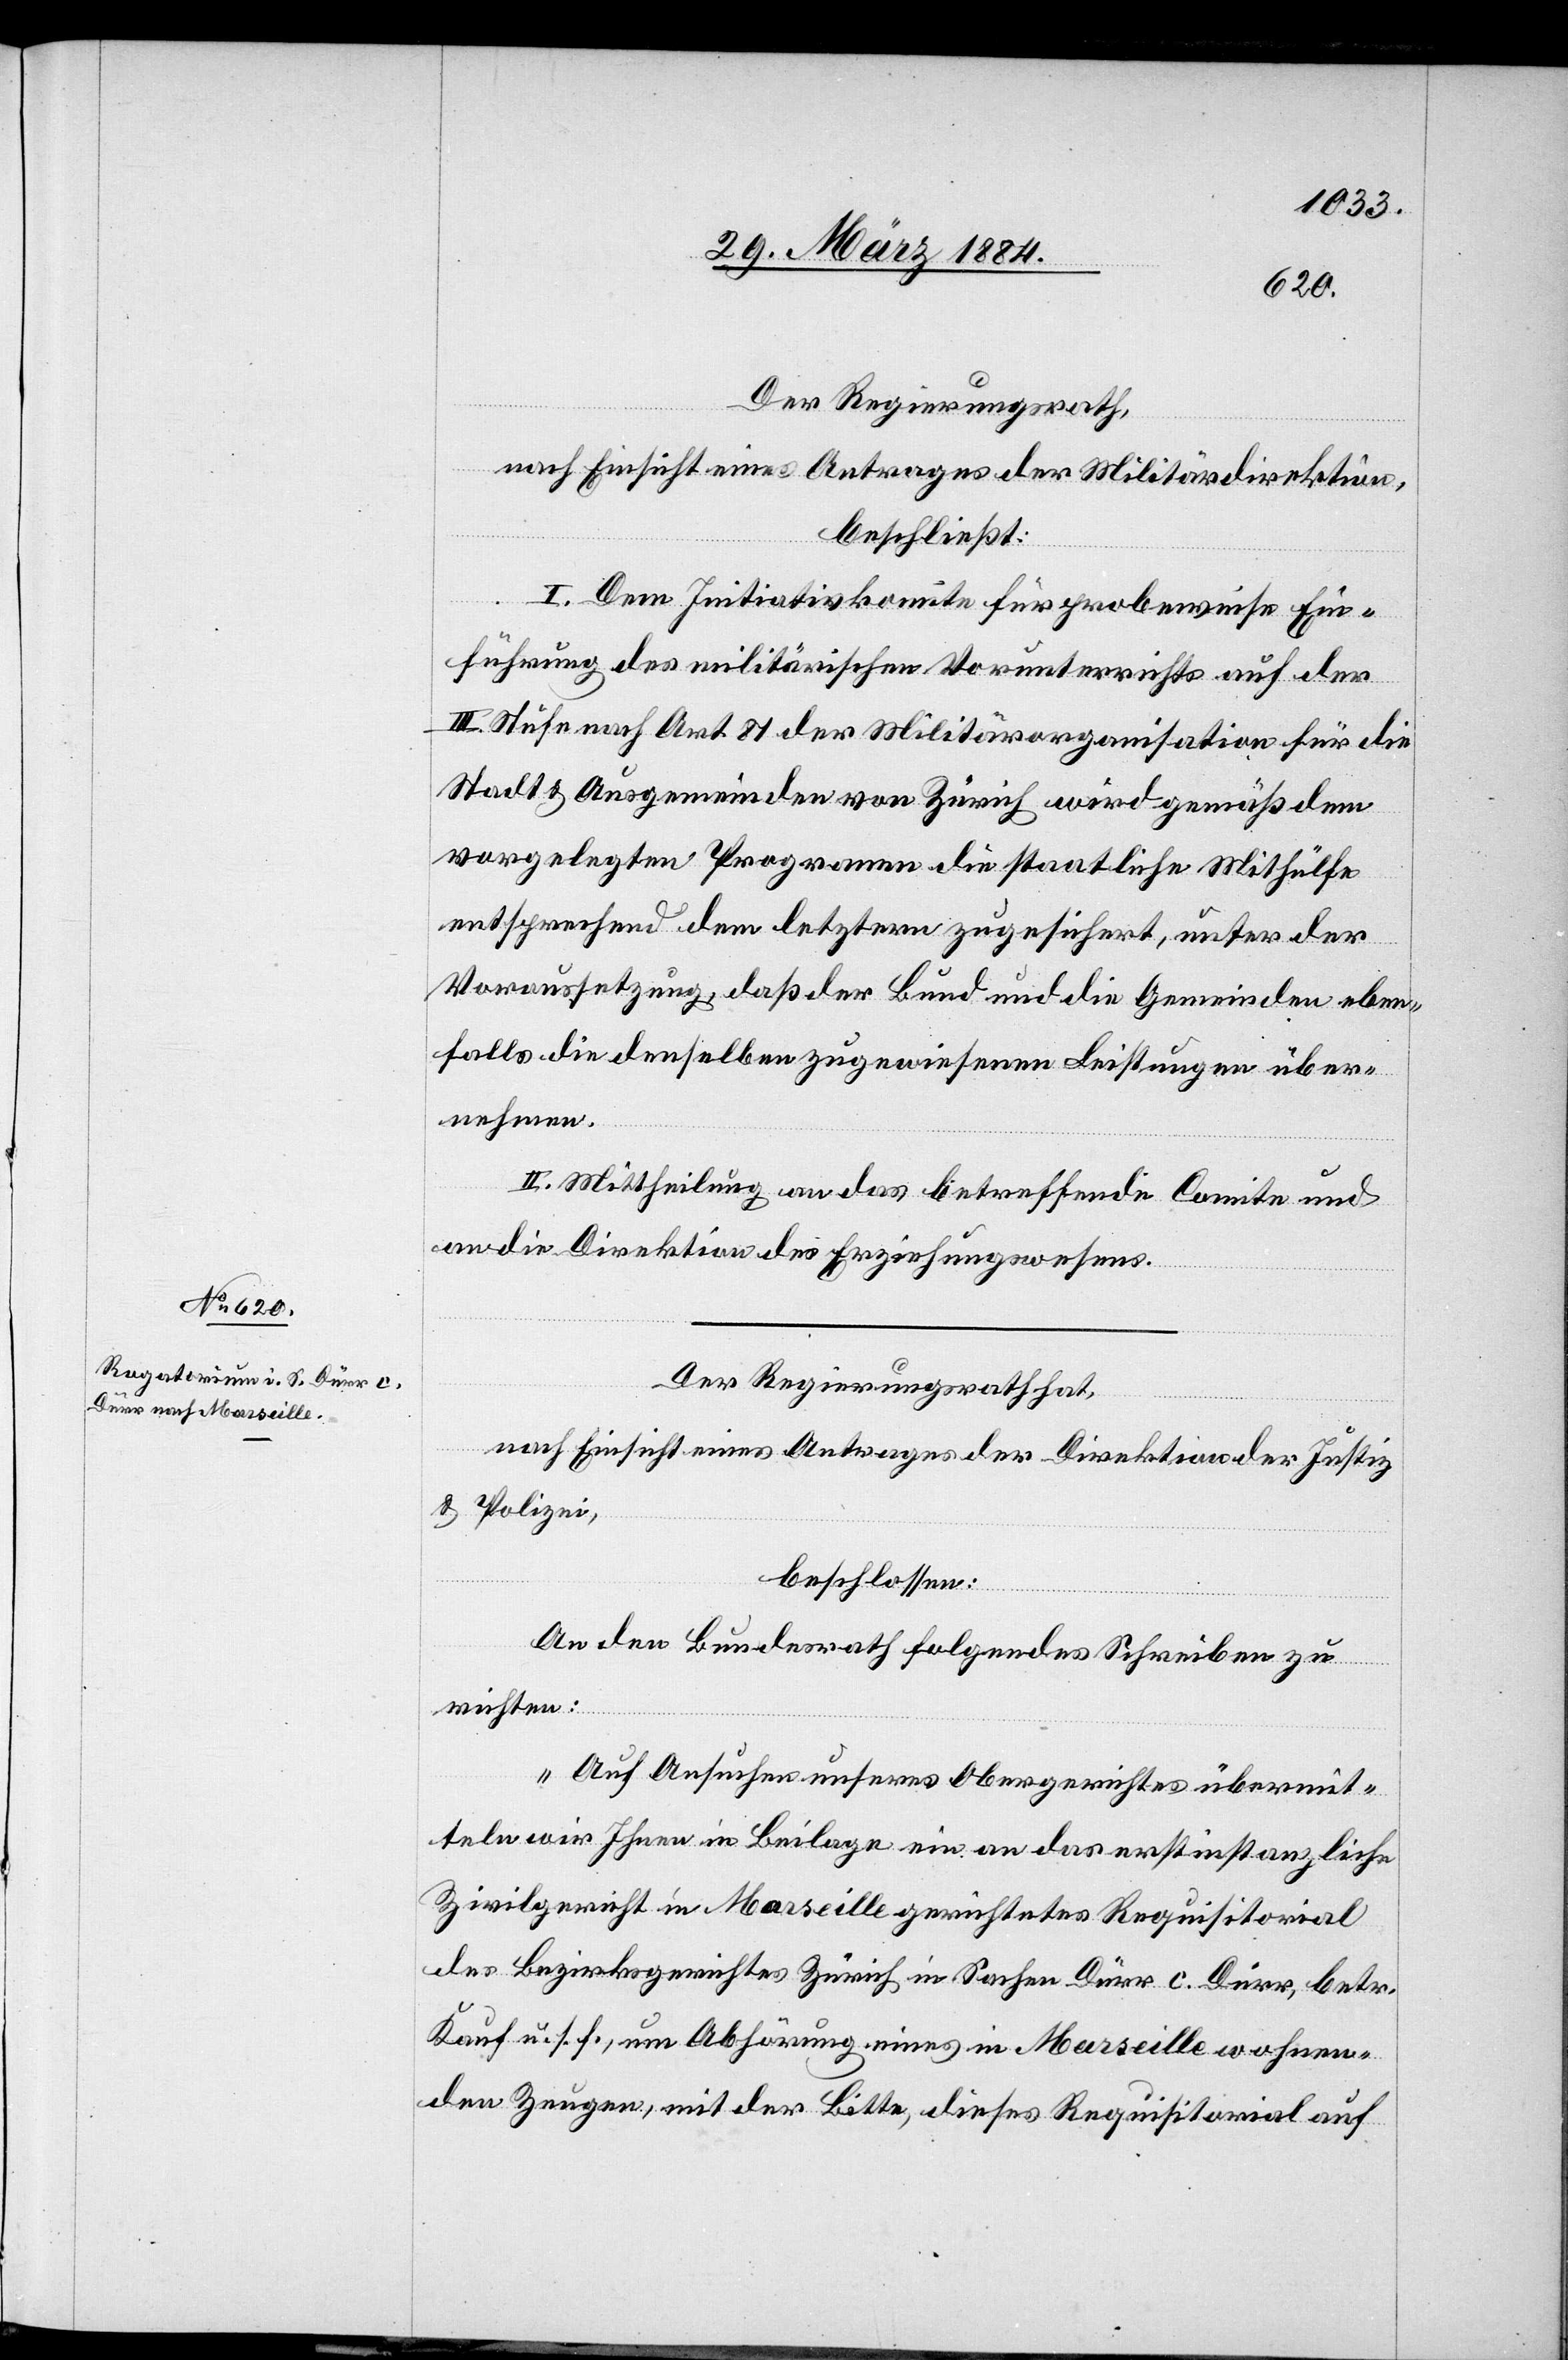
Der Regierungsrath,
nach Einsicht eines Antrages der Militärdirektion,
beschließt:
I. Dem Initiativkomite für probeweise Ein¬
führung des militärischen Vorunterrichts auf der
III. Stufe nach Art. 81 der Militärorganisation für die
Stadt & Ausgemeinden von Zürich wird gemäß dem
vorgelegten Programm die staatliche Mithülfe
entsprechend dem letztern zugesichert, unter der
Voraussetzung, daß der Bund und die Gemeinden eben¬
falls die denselben zugewiesenen Leistungen über¬
nehmen.
II. Mittheilung an das betreffende Comite und
an die Direktion des Erziehungswesens.
Der Regierungsrath hat,
nach Einsicht eines Antrages der Direktion der Justiz
& Polizei,
beschlossen:
An den Bundesrath folgendes Scheiben zu
richten:
„Auf Ansuchen unseres Obergerichtes übermit¬
teln wir Ihnen in Beilage ein an das erstinstanzliche
Zivilgericht in Marseille gerichtetes Requisitorial
des Bezirksgerichtes Zürich in Sachen Dürr c. Dürr, betr.
Kauf u. s. f., um Abhörung eines im Marseille wohnen¬
den Zeugen, mit der Bitte, dieses Requisitorial auf